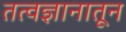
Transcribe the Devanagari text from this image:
तत्वज्ञानातून